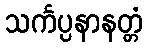
သင်္ကပ္ပနာနတ္တံ